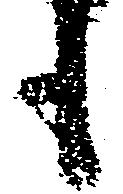
も